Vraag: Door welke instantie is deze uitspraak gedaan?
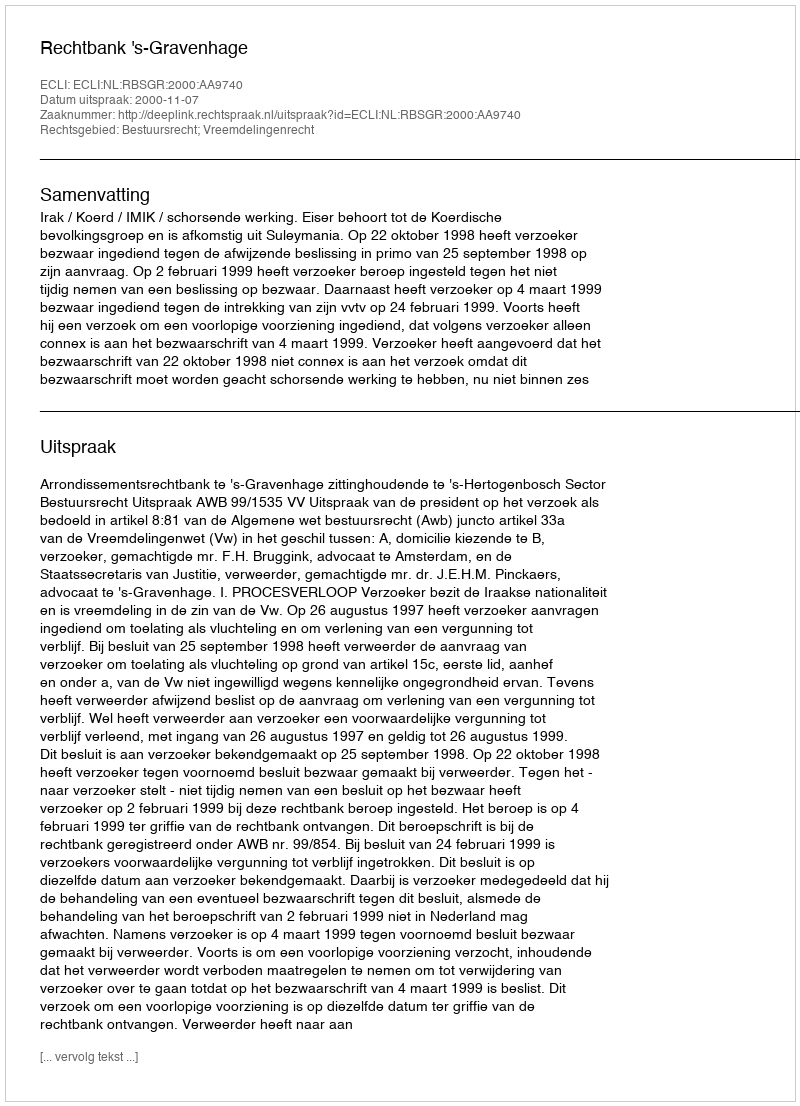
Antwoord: Rechtbank 's-Gravenhage